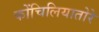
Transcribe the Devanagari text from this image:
कोंचिलियातोरे